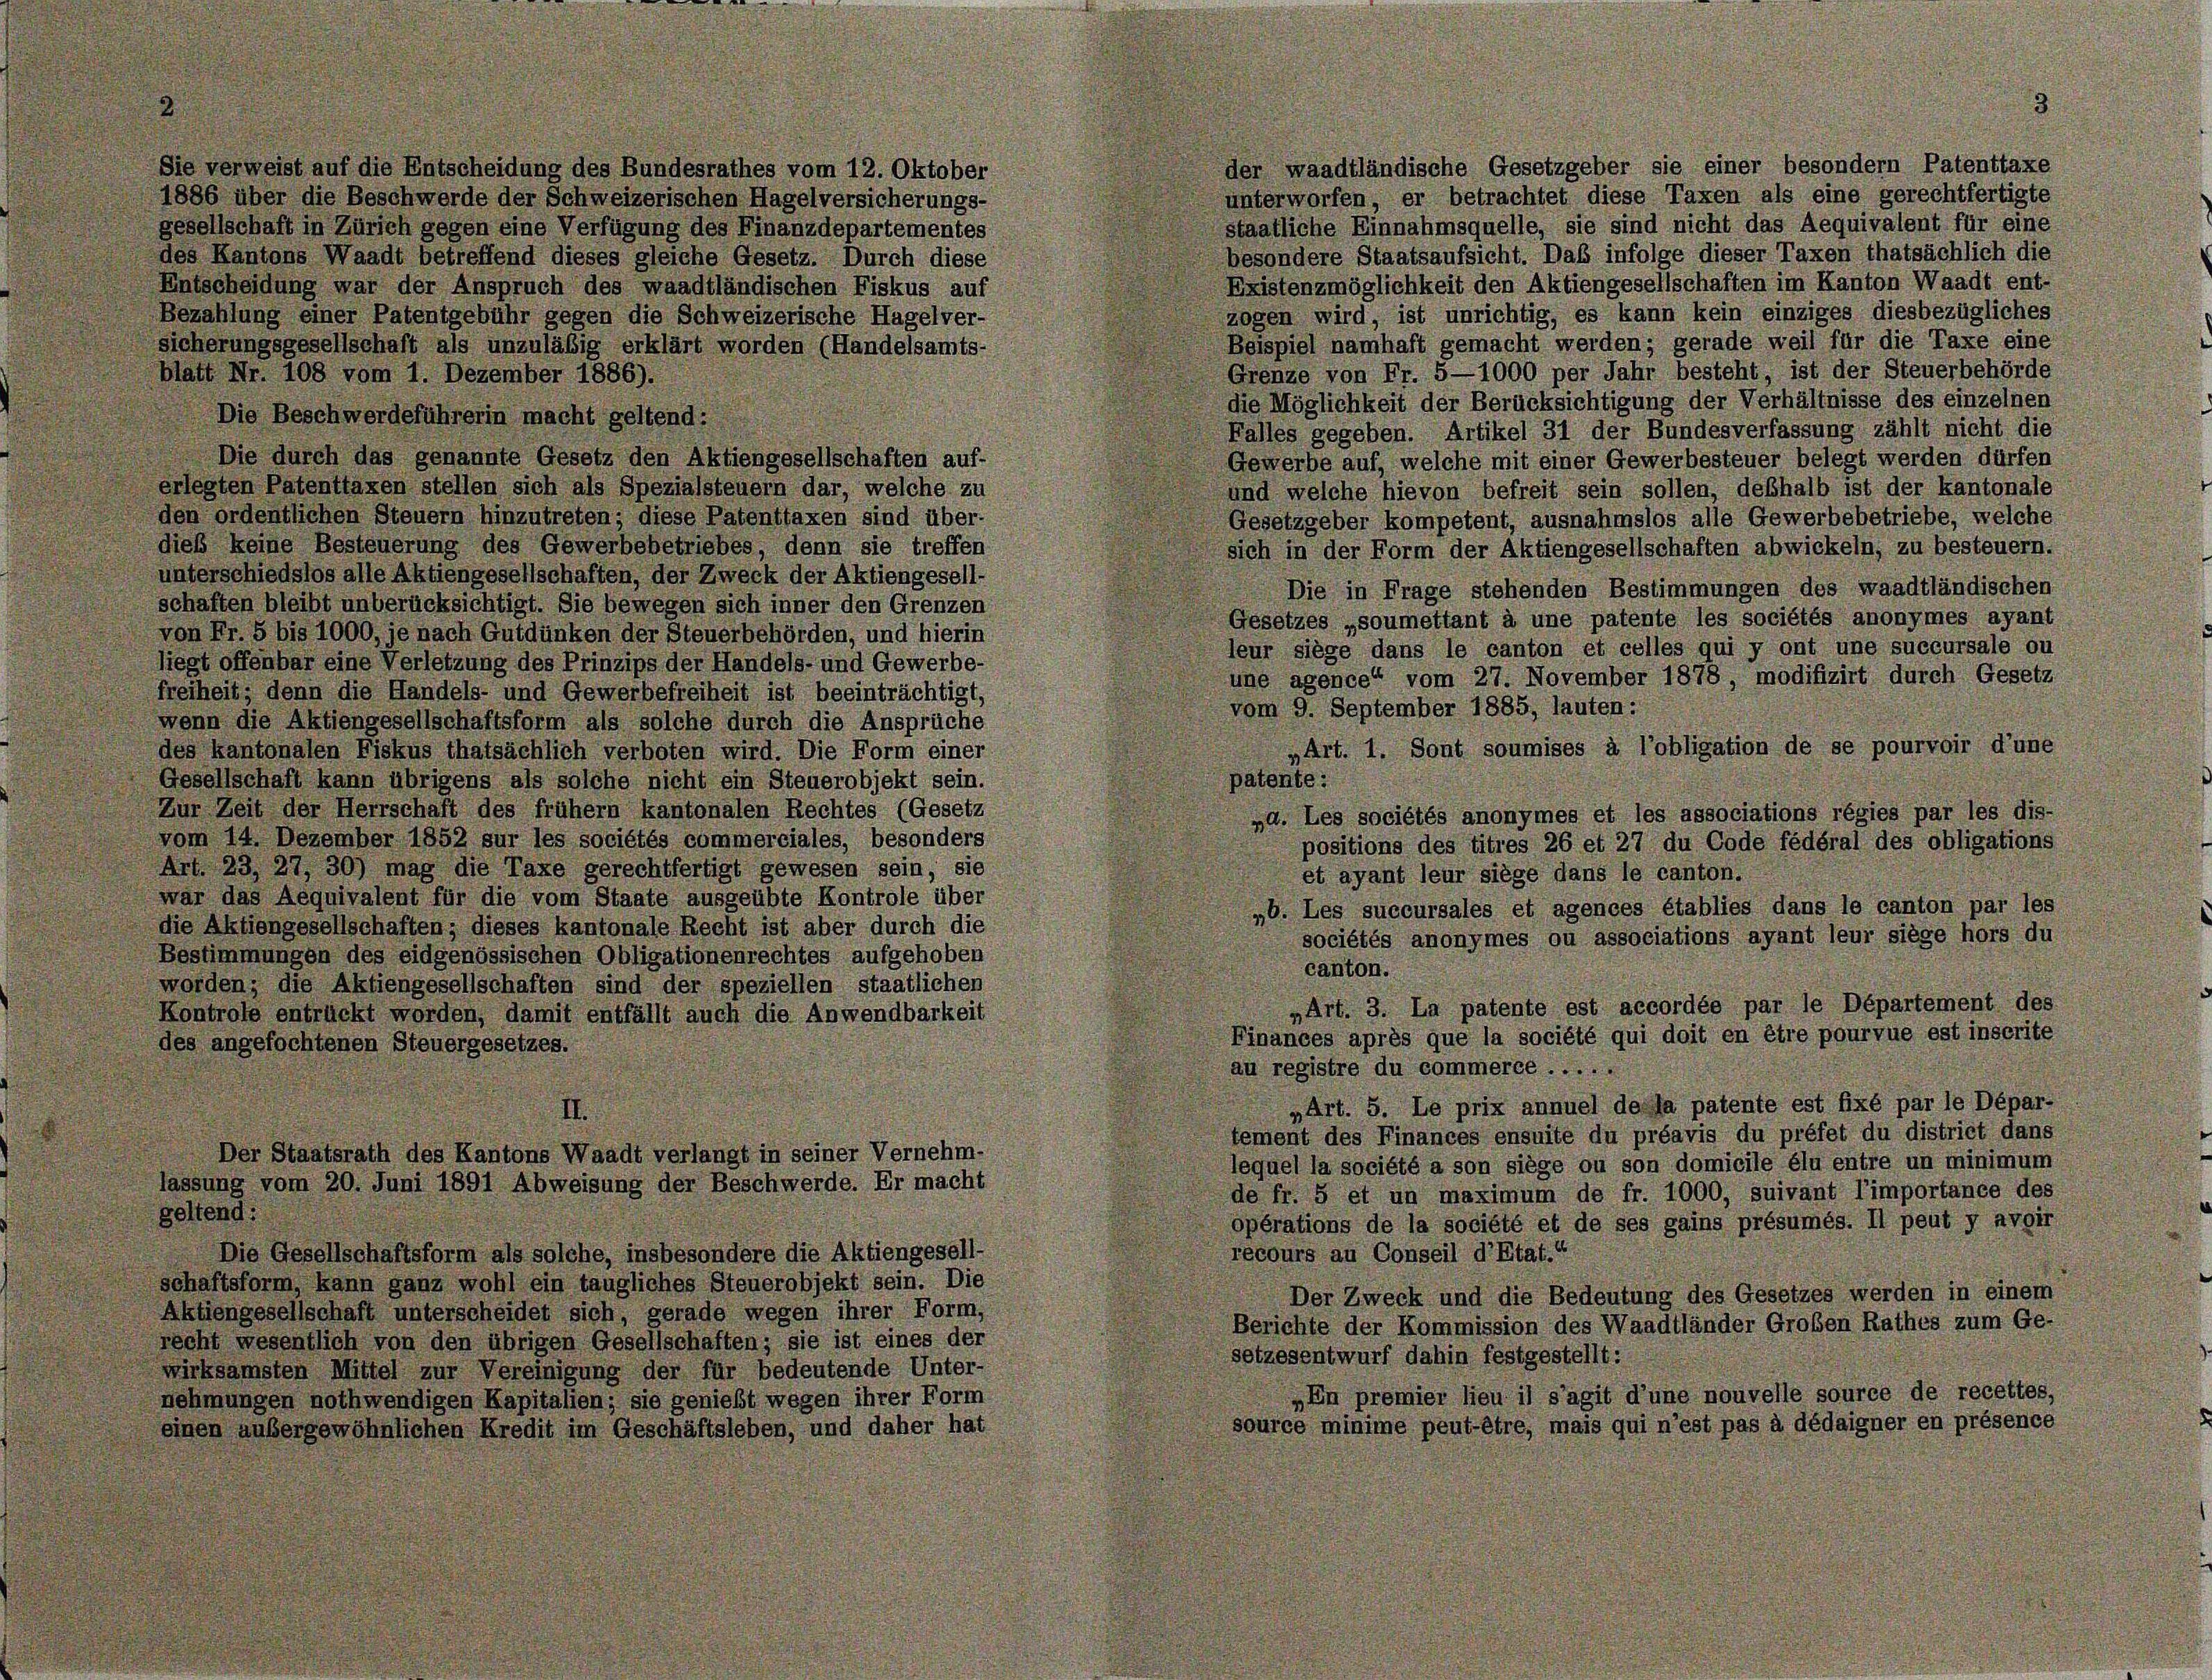
der waadtländische Gesetzgeber sie einer besondern Patenttaxe
Sie verweist auf die Entscheidung des Bundesrathes vom 12. Oktober
unterworfen, er betrachtet diese Taxen als eine gerechtfertigte
1886 über die Beschwerde der Schweizerischen Hagelversicherungs-
staatliche Einnahmsquelle, sie sind nicht das Aequivalent für eine
gesellschaft in Zürich gegen eine Verfügung des Finanzdepartementes
besondere Staatsaufsicht. Das infolge dieser Taxen thatsächlich die
des Kantons Waadt betreffend dieses gleiche Gesetz. Durch diese
Existenzmöglichkeit den Aktiengesellschaften im Kanton Waadt ent-
Entscheidung war der Anspruch des waadtländischen Fiskus auf
zogen wird, ist unrichtig, es kann kein einziges diesbezügliches
Bezahlung einer Patentgebühr gegen die Schweizerische Hagelver-
Beispiel namhaft gemacht werden; gerade weil für die Taxe eine
sicherungsgesellschaft als unzuläßig erklärt worden (Handelsamts-
Grenze von Fr. 5—1000 per Jahr besteht, ist der Steuerbehörde
blatt Nr. 108 vom 1. Dezember 1886).
die Möglichkeit der Berücksichtigung der Verhältnisse des einzelnen
Die Beschwerdeführerin macht geltend:
Falles gegeben. Artikel 31 der Bundesverfassung zählt nicht die
Die durch das genannte Gesetz den Aktiengesellschaften auf-
Gewerbe auf, welche mit einer Gewerbesteuer belegt werden dürfen
erlegten Patenttaxen stellen sich als Spezialsteuern dar, welche zu
und welche hievon befreit sein sollen, deßhalb ist der kantonale
den ordentlichen Steuern hinzutreten; diese Patenttaxen sind über-
Gesetzgeber kompetent, ausnahmslos alle Gewerbebetriebe, welche
dieß keine Besteuerung des Gewerbebetriebes, denn sie treffen
sich in der Form der Aktiengesellschaften abwickeln, zu besteuern.
unterschiedslos alle Aktiengesellschaften, der Zweck der Aktiengesell-
Die in Frage stehenden Bestimmungen des waadtländischen
schaften bleibt unberücksichtigt. Sie bewegen sich inner den Grenzen
Gesetzes „soumettant à une patente les sociétés anonymes ayant
von Fr. 5 bis 1000, je nach Gutdünken der Steuerbehörden, und hierin
leur siege dans le canton et celles qui y ont une succursale ou
liegt offenbar eine Verletzung des Prinzips der Handels- und Gewerbe-
une agence“ vom 27. November 1878, modifizirt durch Gesetz
freiheit, denn die Handels- und Gewerbefreiheit ist beeinträchtigt,
vom 9. September 1885, lauten:
wenn die Aktiengesellschaftsform als solche durch die Ansprüche
„Art. 1. Sont soumises à l’obligation de se pourvoir d’une
des kantonalen Fiskus thatsächlich verboten wird. Die Form einer
patente:
Gesellschaft kann übrigens als solche nicht ein Steuerobjekt sein.
Zur Zeit der Herrschaft des frühem kantonalen Rechtes (Gesetz
„d. Les sociétés anonymes et les associations régies par les dis-
vom 14. Dezember 1852 sur les sociétés commerciales, besonders
positions des titres 26 et 27 du Code fédéral des obligations
Art. 23, 27, 30) mag die Taxe gerechtfertigt gewesen sein, sie
et ayant leur siege dans le canton.
war das Aequivalent für die vom Staate ausgeübte Kontrole über
40. Les succursales et agences établies dans le canton par les
die Aktiengesellschaften; dieses kantonale Recht ist aber durch die
sociétés anonymes ou associations ayant leur siege hors du
Bestimmungen des eidgenössischen Obligationenrechtes aufgehoben
canton.
worden; die Aktiengesellschaften sind der speziellen staatlichen
„Art. 3. La patente est accordée par le Département des
Kontrole entrückt worden, damit entfällt auch die Anwendbarkeit
Finances après que la société qui doit en être pourvue est inscrite
des angefochtenen Steuergesetzes.
au registre du commerce .....
„Art. 5. Le prix annuel de la patente est fixé par le Dépar-
tement des Finances ensuite du préavis du préfet du district dans
Der Staatsrath des Kantons Waadt verlangt in seiner Vernehm-
lequel la société a son siege ou son domicile élu entre un minimum
lassung vom 20. Juni 1891 Abweisung der Beschwerde. Er macht
de fr. 5 et un maximum de fr. 1000, suivant l’importance des
geltend:
opérations de la société et de ses gains présumés. Il peut y avoir
recours au Conseil d’Etat.“
Die Gesellschaftsform als solche, insbesondere die Aktiengesell-
schaftsform, kann ganz wohl ein taugliches Steuerobjekt sein. Die
Der Zweck und die Bedeutung des Gesetzes werden in einem
Aktiengesellschaft unterscheidet sich, gerade wegen ihrer Form,
Berichte der Kommission des Waadtländer Großen Rathes zum Ge-
recht wesentlich von den übrigen Gesellschaften; sie ist eines der
setzesentwurf dahin festgestellt:
wirksamsten Mittel zur Vereinigung der für bedeutende Unter-
„En premier lieu il s’agit d’une nouvelle source de recettes,
nehmungen nothwendigen Kapitalien; sie genießt wegen ihrer Form
source minime peut être, mais qui n’est pas à dédaigner en présence
einen anbergewöhnlichen Kredit im Geschäftsleben, und daher hat